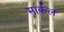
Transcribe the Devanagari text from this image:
मार्कल